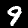
Digit: 9